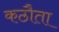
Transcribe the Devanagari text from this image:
कठौता